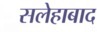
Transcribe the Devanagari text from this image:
सलेहाबाद